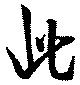
此